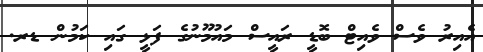
އެއިރު ވެސް ވެއިޓް ބޮޑީ ރައީސް މައުމޫނުގެ ފަޅީ ގައި ކަމުން ޑރ.